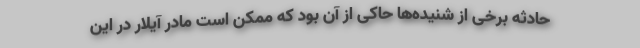
حادثه برخی از شنیده‌ها حاکی از آن بود که ممکن است مادر آیلار در این